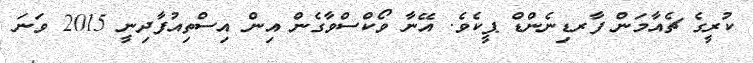
ކުރީގެ ޗެއާމަން ފާރޑިނެންޑް ޕީކެވެ. އޭނާ ވޯކްސްވާގެން އިން އިސްތިއުފާދިނީ 2015 ވަނަ